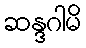
ဆန္ဒဂါမိ